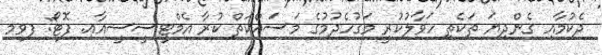
ދެކުމާއި ގެންދިޔަ ތަކެތި ހަވާލުކުރީ މަގުހެދުމުގެ މަސައްކަތް ކުރާ އެމްޓީސީސީއާއި. ފޮޓޯ: ފވމ